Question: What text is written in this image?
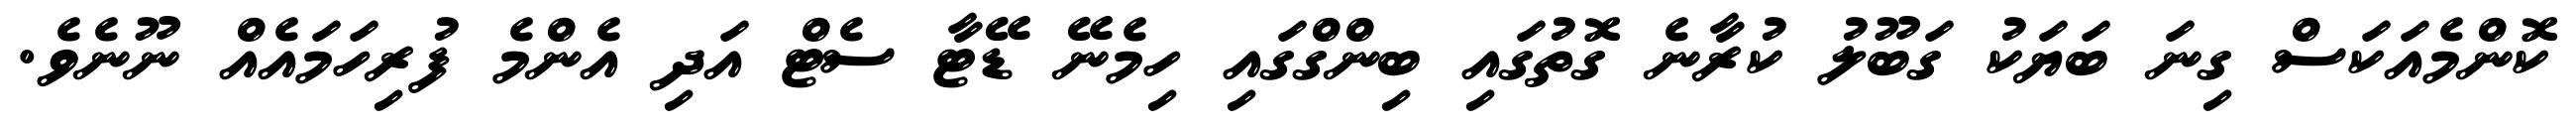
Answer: ކޮންމެއަކަސް ގިނަ ބަޔަކު ގަބޫލު ކުރާނެ ގޮތުގައި ބިންގްގައި ހިމެނޭ ޑޭޓާ ސެޓް އަދި އެންމެ ފުރިހަމައެއް ނޫނެވެ.